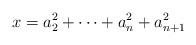
LaTeX: \begin{align*}x = a_2^2+\dots+a_n^2+a_{n+1}^2\end{align*}